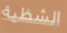
الشظية